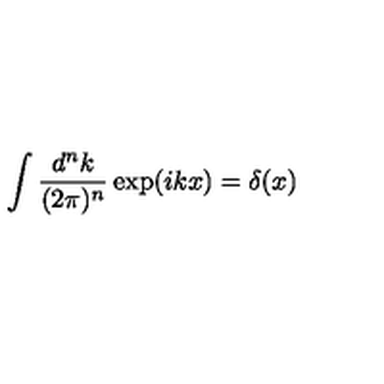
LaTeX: \int \frac { d ^ { n } k } { ( 2 \pi ) ^ { n } } \exp ( i k x ) = \delta ( x )